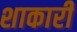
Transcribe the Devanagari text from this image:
शाकारी